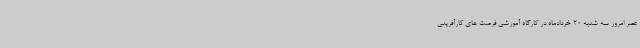
عصر امروز سه شنبه 20 خردادماه در کارگاه آموزشی فرصت های کارآفرینی